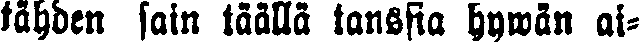
tähden sain täällä tanssia hywän ai-